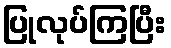
ပြုလုပ်ကြပြီး